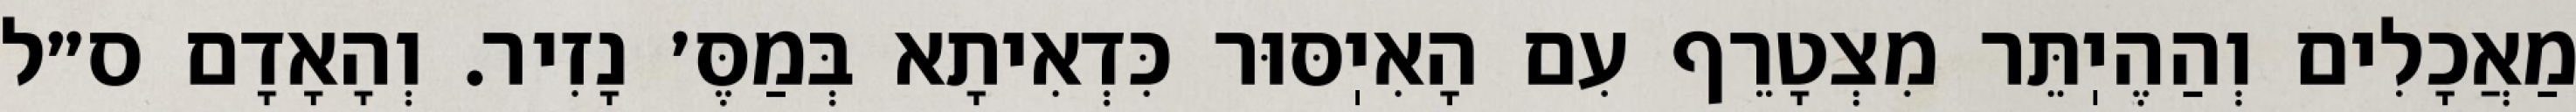
מַאֲכָלִים וְהַהֶיֽתֵּר מִצְטָרֵף עִם הָאִיֽסּוּר כִּדְאִיתָא בְּמַסֶּ׳ נָזִיר. וְהָאָדָם ס״ל